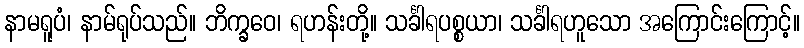
နာမရူပံ၊ နာမ်ရုပ်သည်။ ဘိက္ခဝေ၊ ရဟန်းတို့။ သင်္ခါရပစ္စယာ၊ သင်္ခါရဟူသော အကြောင်းကြောင့်။